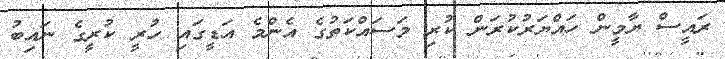
ރައީސް ޔާމީން ހައްޔަރުކުރަން ކުރި މަސައްކަތުގެ އެންމެ އަޑީގައި ހުރީ ކުރީގެ ނައިބު